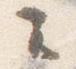
云